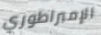
الإمبراطوري